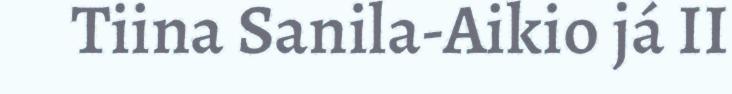
Tiina Sanila-Aikio já II